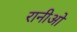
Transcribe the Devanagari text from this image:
रानीओ